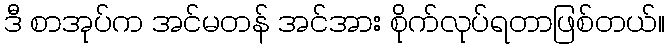
ဒီ စာအုပ်က အင်မတန် အင်အား စိုက်လုပ်ရတာဖြစ်တယ်။